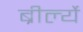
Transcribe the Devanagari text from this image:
ब्रीर्ल्ये